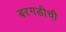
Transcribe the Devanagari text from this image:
बरगडीची